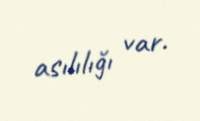
asılılığı var.